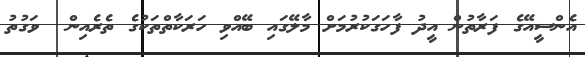
އެންސީއޭގެ ފަރާތުން އީދު ފާހަގަކުރުމަށް މާލޭގައި ބޭއްވި ހަރަކާތްތަކުގެ ތެރެއިން  ވަގުތު